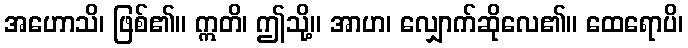
အဟောသိ၊ ဖြစ်၏။ ဣတိ၊ ဤသို့။ အာဟ၊ လျှောက်ဆိုလေ၏။ ထေရောပိ၊